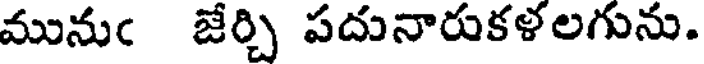
మునుఁ జేర్చి పదునారుకళలగును.